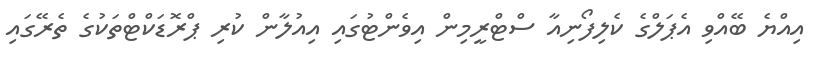
އިއްޔެ ބޭއްވި އެެޕަލްގެ ކެލިފޯނިއާ ސްޓްރީމިން އިވެންޓުގައި އިއުލާން ކުރި ޕްރޮޑަކްޓްތަކުގެ ތެރޭގައި